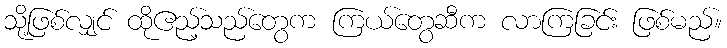
သို့ဖြစ်လျှင် ထိုဧည့်သည်တွေက ကြယ်တွေဆီက လာကြခြင်း ဖြစ်မည်။